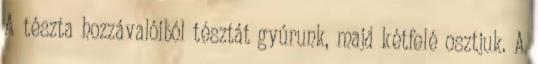
A tészta hozzávalóiból tésztát gyúrunk, majd kétfelé osztjuk. A